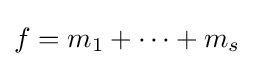
f=m_{1}+\cdots +m_{s}